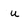
Character: u